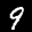
Label: 9